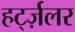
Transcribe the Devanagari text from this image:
हर्ट्ज़लर